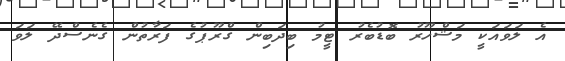
އެ ލަވައަކީ މަޝްހޫރު ބޮޑުބެރު ޓީމު ބިދަބިން ގްރޫޕުގެ ފަރާތުން ގެނެސްދޭ ލަވަ